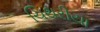
ચિથરીયા